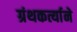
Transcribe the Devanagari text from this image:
ग्रंथकर्त्याने